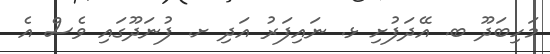
މަހިބަދޫ ބ. އޭދަފުށި ޅ. ނައިފަރު އަދި ށ. ފުނަދޫގައި ވެސް އެ